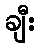
ချီး